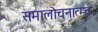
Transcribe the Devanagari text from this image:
समालोचनात्म्क